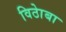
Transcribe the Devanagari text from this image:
विठाेबा